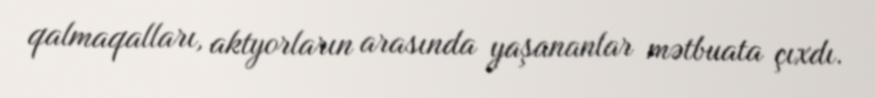
qalmaqalları, aktyorların arasında yaşananlar mətbuata çıxdı.